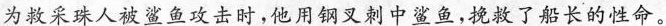
为救采珠人被鲨鱼攻击时，他用钢叉刺中鲨鱼，挽救了船长的性命。